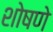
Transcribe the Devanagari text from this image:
शोषणे